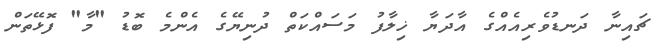
ޗައިނާ ދަނޑުވެރިއެއްގެ އާދަޔާ ޚިލާފު މަސައްކަތް ދުނިޔޭގެ އެންމެ ބޮޑު "މާ" ފޮޅޭތަން